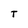
Character: T